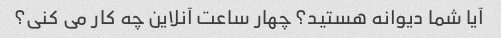
آیا شما دیوانه هستید؟ چهار ساعت آنلاین چه کار می کنی؟